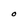
Character: O